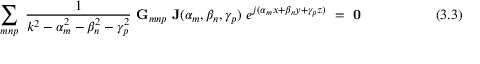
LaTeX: ~ \sum _ { m n p } ~ { \frac { 1 } { k ^ { 2 } - \alpha _ { m } ^ { 2 } - \beta _ { n } ^ { 2 } - \gamma _ { p } ^ { 2 } } } ~ \mathbf { G } _ { m n p } ~ \mathbf { J } ( \alpha _ { m } , \beta _ { n } , \gamma _ { p } ) ~ e ^ { j ( \alpha _ { m } x + \beta _ { n } y + \gamma _ { p } z ) } ~ = ~ \mathbf { 0 } ~ ~ ~ ~ ~ ~ ~ ~ ~ ~ ~ ~ ~ ~ ~ ~ ( 3 . 3 )